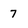
Character: 7